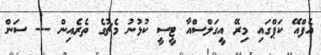
އެފްއޭ ކަޕްގައި މިރޭ އީގަލްސްއާ ޓީސީ ކުޅުނު މެޗުގެ ތެރެއިން --- ސަން